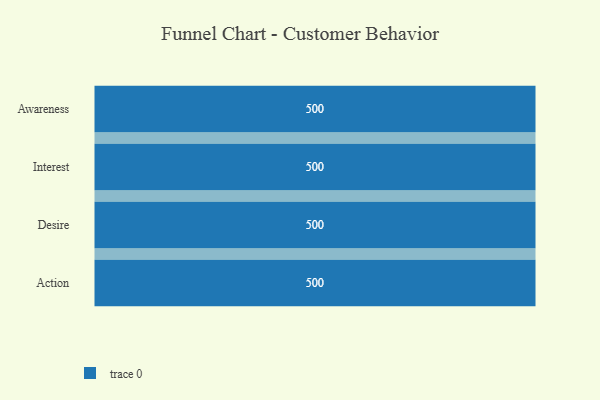
{"axis": {"x": "Stage", "y": "Value"}, "legend": [""], "data": [{"x": "Awareness", "y": 500, "type": ""}, {"x": "Interest", "y": 500, "type": ""}, {"x": "Desire", "y": 500, "type": ""}, {"x": "Action", "y": 500, "type": ""}]}